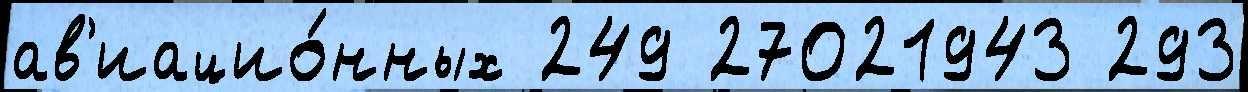
ав'иацио́нных 249 27021943 293